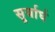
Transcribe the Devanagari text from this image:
सूर्यार्घ